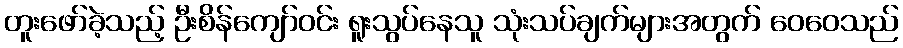
တူးဖော်ခဲ့သည့် ဦးစိန်ကျော်ဝင်း ရူးသွပ်နေသူ သုံးသပ်ချက်များအတွက် ဝေဝေသည်